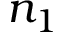
n _ { 1 }